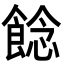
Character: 䭃